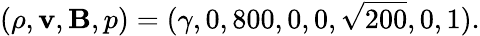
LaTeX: (\rho,\mathbf{v},\mathbf{B},p)=(\gamma,0,800,0,0,\sqrt{200},0,1).